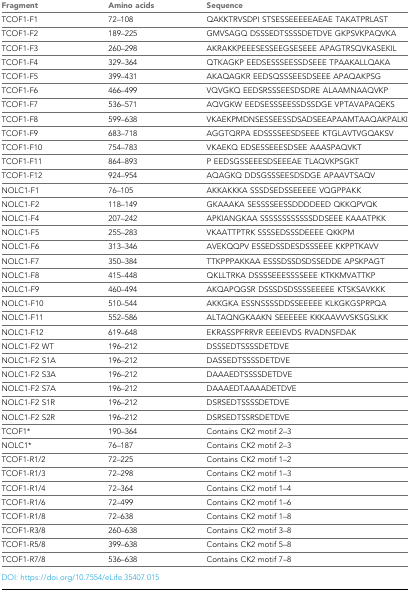
<table><thead><tr><td><b>Fragment</b></td><td><b>Amino acids</b></td><td><b>Sequence</b></td></tr></thead><tbody><tr><td>TCOF1-F1</td><td>72–108</td><td>QAKKTRVSDPI STSESSEEEEEAEAE TAKATPRLAST</td></tr><tr><td>TCOF1-F2</td><td>189–225</td><td>GMVSAGQ DSSSEDTSSSSDETDVE GKPSVKPAQVKA</td></tr><tr><td>TCOF1-F3</td><td>260–298</td><td>AKRAKKPEEESESSEEGSESEEE APAGTRSQVKASEKIL</td></tr><tr><td>TCOF1-F4</td><td>329–364</td><td>QTKAGKP EEDSESSSEESSDSEEE TPAAKALLQAKA</td></tr><tr><td>TCOF1-F5</td><td>399–431</td><td>AKAQAGKR EEDSQSSSEESDSEEE APAQAKPSG</td></tr><tr><td>TCOF1-F6</td><td>466–499</td><td>VQVGKQ EEDSRSSSEESDSDRE ALAAMNAAQVKP</td></tr><tr><td>TCOF1-F7</td><td>536–571</td><td>AQVGKW EEDSESSSEESSDSSDGE VPTAVAPAQEKS</td></tr><tr><td>TCOF1-F8</td><td>599–638</td><td>VKAEKPMDNSESSEESSDSADSEEAPAAMTAAQAKPALKI</td></tr><tr><td>TCOF1-F9</td><td>683–718</td><td>AGGTQRPA EDSSSSEESDSEEE KTGLAVTVGQAKSV</td></tr><tr><td>TCOF1-F10</td><td>754–783</td><td>VKAEKQ EDSESSEEESDSEE AAASPAQVKT</td></tr><tr><td>TCOF1-F11</td><td>864–893</td><td>P EEDSGSSEEESDSEEEAE TLAQVKPSGKT</td></tr><tr><td>TCOF1-F12</td><td>924–954</td><td>AQAGKQ DDSGSSSEESDSDGE APAAVTSAQV</td></tr><tr><td>NOLC1-F1</td><td>76–105</td><td>AKKAKKKA SSSDSEDSSEEEEE VQGPPAKK</td></tr><tr><td>NOLC1-F2</td><td>118–149</td><td>GKAAAKA SESSSSEESSDDDDEED QKKQPVQK</td></tr><tr><td>NOLC1-F4</td><td>207–242</td><td>APKIANGKAA SSSSSSSSSSSSDDSEEE KAAATPKK</td></tr><tr><td>NOLC1-F5</td><td>255–283</td><td>VKAATTPTRK SSSSEDSSSDEEEE QKKPM</td></tr><tr><td>NOLC1-F6</td><td>313–346</td><td>AVEKQQPV ESSEDSSDESDSSSEEE KKPPTKAVV</td></tr><tr><td>NOLC1-F7</td><td>350–384</td><td>TTKPPPAKKAA ESSSDSSDSDSSEDDE APSKPAGT</td></tr><tr><td>NOLC1-F8</td><td>415–448</td><td>QKLLTRKA DSSSSEEESSSSEEE KTKKMVATTKP</td></tr><tr><td>NOLC1-F9</td><td>460–494</td><td>AKQAPQGSR DSSSDSDSSSSEEEEE KTSKSAVKKK</td></tr><tr><td>NOLC1-F10</td><td>510–544</td><td>AKKGKA ESSNSSSSDDSSEEEEE KLKGKGSPRPQA</td></tr><tr><td>NOLC1-F11</td><td>552–586</td><td>ALTAQNGKAAKN SEEEEEE KKKAAVVVSKSGSLKK</td></tr><tr><td>NOLC1-F12</td><td>619–648</td><td>EKRASSPFRRVR EEEIEVDS RVADNSFDAK</td></tr><tr><td>NOLC1-F2 WT</td><td>196–212</td><td>DSSSEDTSSSSDETDVE</td></tr><tr><td>NOLC1-F2 S1A</td><td>196–212</td><td>DASSEDTSSSSDETDVE</td></tr><tr><td>NOLC1-F2 S3A</td><td>196–212</td><td>DAAAEDTSSSSDETDVE</td></tr><tr><td>NOLC1-F2 S7A</td><td>196–212</td><td>DAAAEDTAAAADETDVE</td></tr><tr><td>NOLC1-F2 S1R</td><td>196–212</td><td>DSRSEDTSSSSDETDVE</td></tr><tr><td>NOLC1-F2 S2R</td><td>196–212</td><td>DSRSEDTSSRSDETDVE</td></tr><tr><td>TCOF1*</td><td>190–364</td><td>Contains CK2 motif 2–3</td></tr><tr><td>NOLC1*</td><td>76–187</td><td>Contains CK2 motif 2–3</td></tr><tr><td>TCOF1-R1/2</td><td>72–225</td><td>Contains CK2 motif 1–2</td></tr><tr><td>TCOF1-R1/3</td><td>72–298</td><td>Contains CK2 motif 1–3</td></tr><tr><td>TCOF1-R1/4</td><td>72–364</td><td>Contains CK2 motif 1–4</td></tr><tr><td>TCOF1-R1/6</td><td>72–499</td><td>Contains CK2 motif 1–6</td></tr><tr><td>TCOF1-R1/8</td><td>72–638</td><td>Contains CK2 motif 1–8</td></tr><tr><td>TCOF1-R3/8</td><td>260–638</td><td>Contains CK2 motif 3–8</td></tr><tr><td>TCOF1-R5/8</td><td>399–638</td><td>Contains CK2 motif 5–8</td></tr><tr><td>TCOF1-R7/8</td><td>536–638</td><td>Contains CK2 motif 7–8</td></tr></tbody></table>